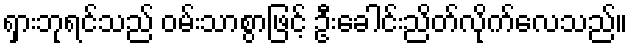
ရှားဘုရင်သည် ဝမ်းသာစွာဖြင့် ဦးခေါင်းညိတ်လိုက်လေသည်။